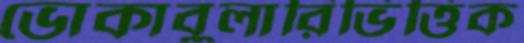
ভোকাবুলারিভিত্তিক